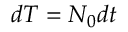
d T = N _ { 0 } d t